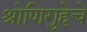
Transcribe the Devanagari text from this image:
श्रोणिगुहेचे